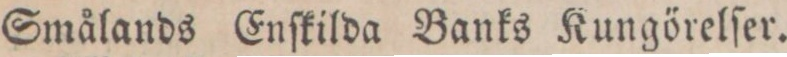
Smålands Enſkilda Banks Kungörelſer.